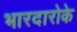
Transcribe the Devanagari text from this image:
भारदारोके